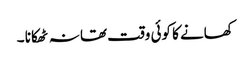
کھانے کا کوئی وقت تھا نہ ٹھکانا ۔